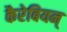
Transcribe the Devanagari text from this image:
कैरेबियन्